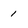
Character: 1